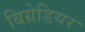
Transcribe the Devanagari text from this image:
बिग्रेडियर